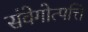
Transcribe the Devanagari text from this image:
संवेगोत्पत्ति